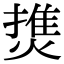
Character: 𤍐